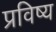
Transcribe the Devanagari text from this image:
प्रविष्य